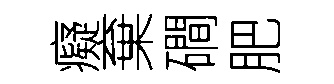
癡棄磵肥